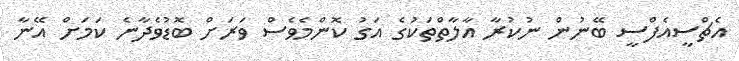
އެޗްސީއެފްސީ ބޭނުން ނުކުރާ އާލާތްތަކުގެ އަގު ކޮންމެވެސް ވަރަށް ބޮޑުވެދާނެ ކަމަށް އޭނާ